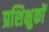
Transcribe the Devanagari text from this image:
प्रशिक्षुकों